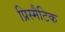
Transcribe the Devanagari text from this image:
प्रिस्मैटिक